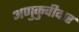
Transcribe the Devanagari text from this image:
अणुकुचीदार